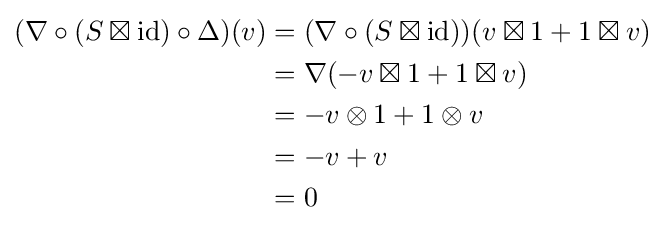
{\begin{aligned}(\nabla \circ (S\boxtimes \mathrm {id} )\circ \Delta )(v)&=(\nabla \circ (S\boxtimes \mathrm {id} ))(v\boxtimes 1+1\boxtimes v)\\&=\nabla (-v\boxtimes 1+1\boxtimes v)\\&=-v\otimes 1+1\otimes v\\&=-v+v\\&=0\end{aligned}}